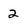
Character: 2